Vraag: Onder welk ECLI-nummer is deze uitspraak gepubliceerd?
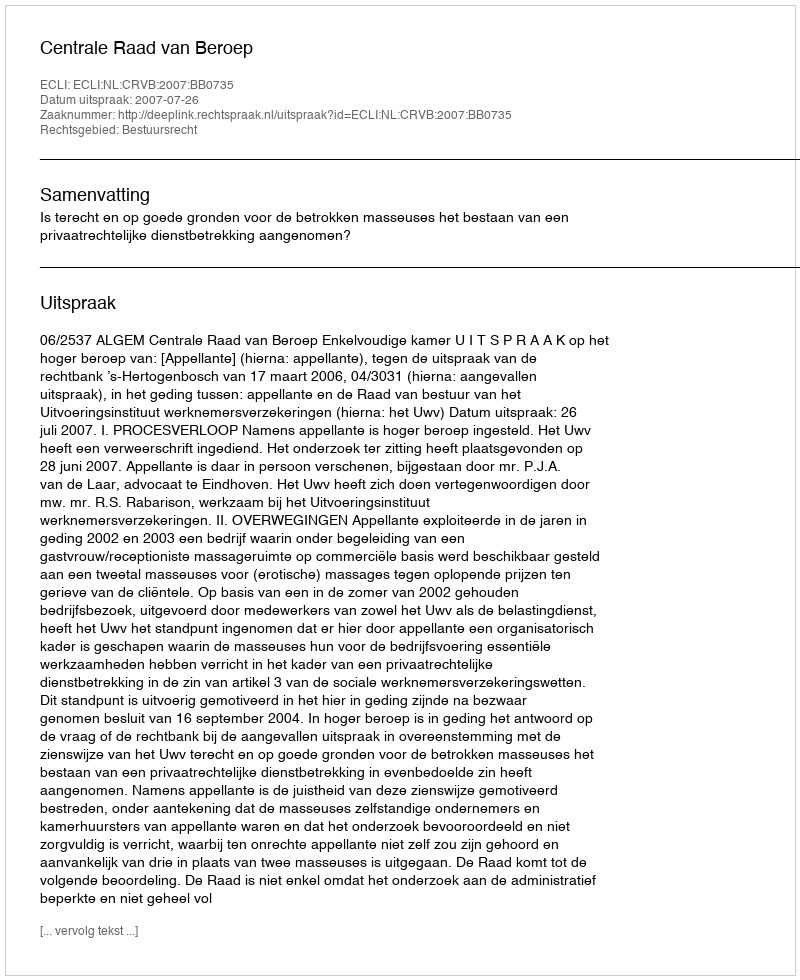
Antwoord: ECLI:NL:CRVB:2007:BB0735